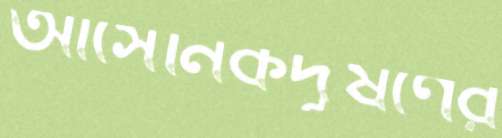
আর্সেনিকদূষণের